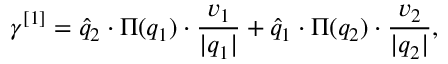
\gamma ^ { [ 1 ] } = \widehat { q } _ { 2 } \cdot \Pi ( q _ { 1 } ) \cdot \frac { v _ { 1 } } { \vert q _ { 1 } \vert } + \widehat { q } _ { 1 } \cdot \Pi ( q _ { 2 } ) \cdot \frac { v _ { 2 } } { \vert q _ { 2 } \vert } ,